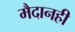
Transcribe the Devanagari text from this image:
मैदानही